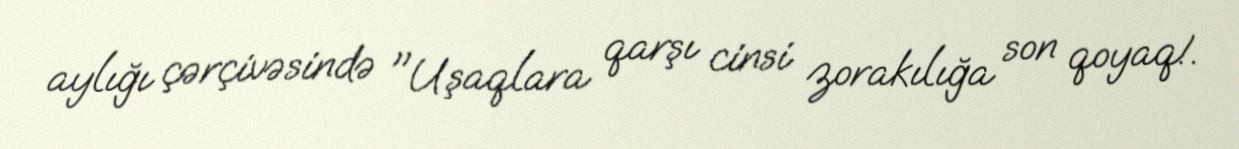
aylığı çərçivəsində "Uşaqlara qarşı cinsi zorakılığa son qoyaq!.